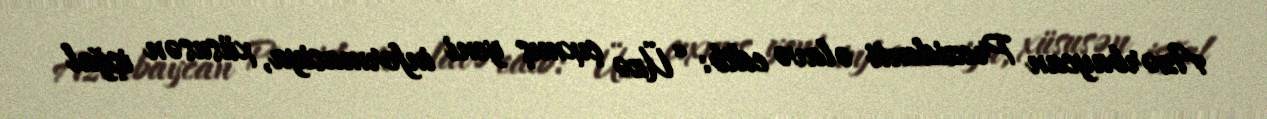
Azərbaycan Prezidenti əlavə edib: “Üzə çıxmış yeni informasiya, xüsusən işğal